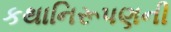
કથાનિરૂપણની